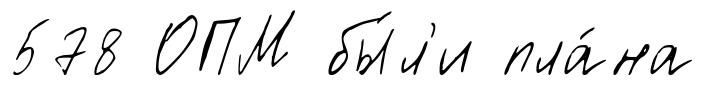
578 ОПМ бы́л'и пла́на